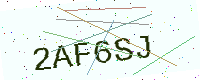
Text: 2AF6SJ